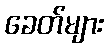
ခေတ်များ